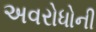
અવરોધોની